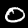
Digit: 0